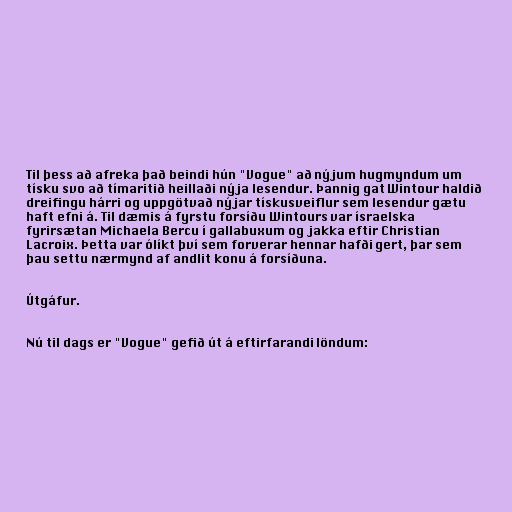
Til þess að afreka það beindi hún "Vogue" að nýjum hugmyndum um
tísku svo að tímaritið heillaði nýja lesendur. Þannig gat Wintour haldið
dreifingu hárri og uppgötvað nýjar tískusveiflur sem lesendur gætu
haft efni á. Til dæmis á fyrstu forsíðu Wintours var ísraelska
fyrirsætan Michaela Bercu í gallabuxum og jakka eftir Christian
Lacroix. Þetta var ólíkt því sem forverar hennar hafði gert, þar sem
þau settu nærmynd af andlit konu á forsíðuna.

Útgáfur.

Nú til dags er "Vogue" gefið út á eftirfarandi löndum: